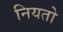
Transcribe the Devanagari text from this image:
नियतो